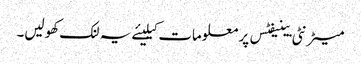
میٹرنٹی بینیفٹس پر معلومات کیلیئے یہ لنک کھولیں۔